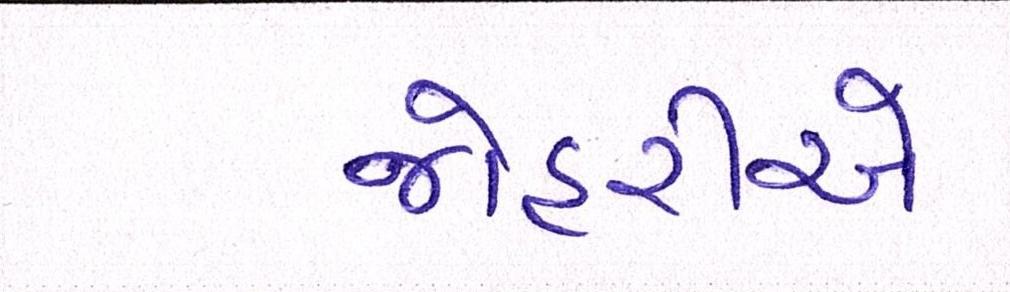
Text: જોહરીએ